Vabadussoja_Ajaloo_Komitee, lk 22
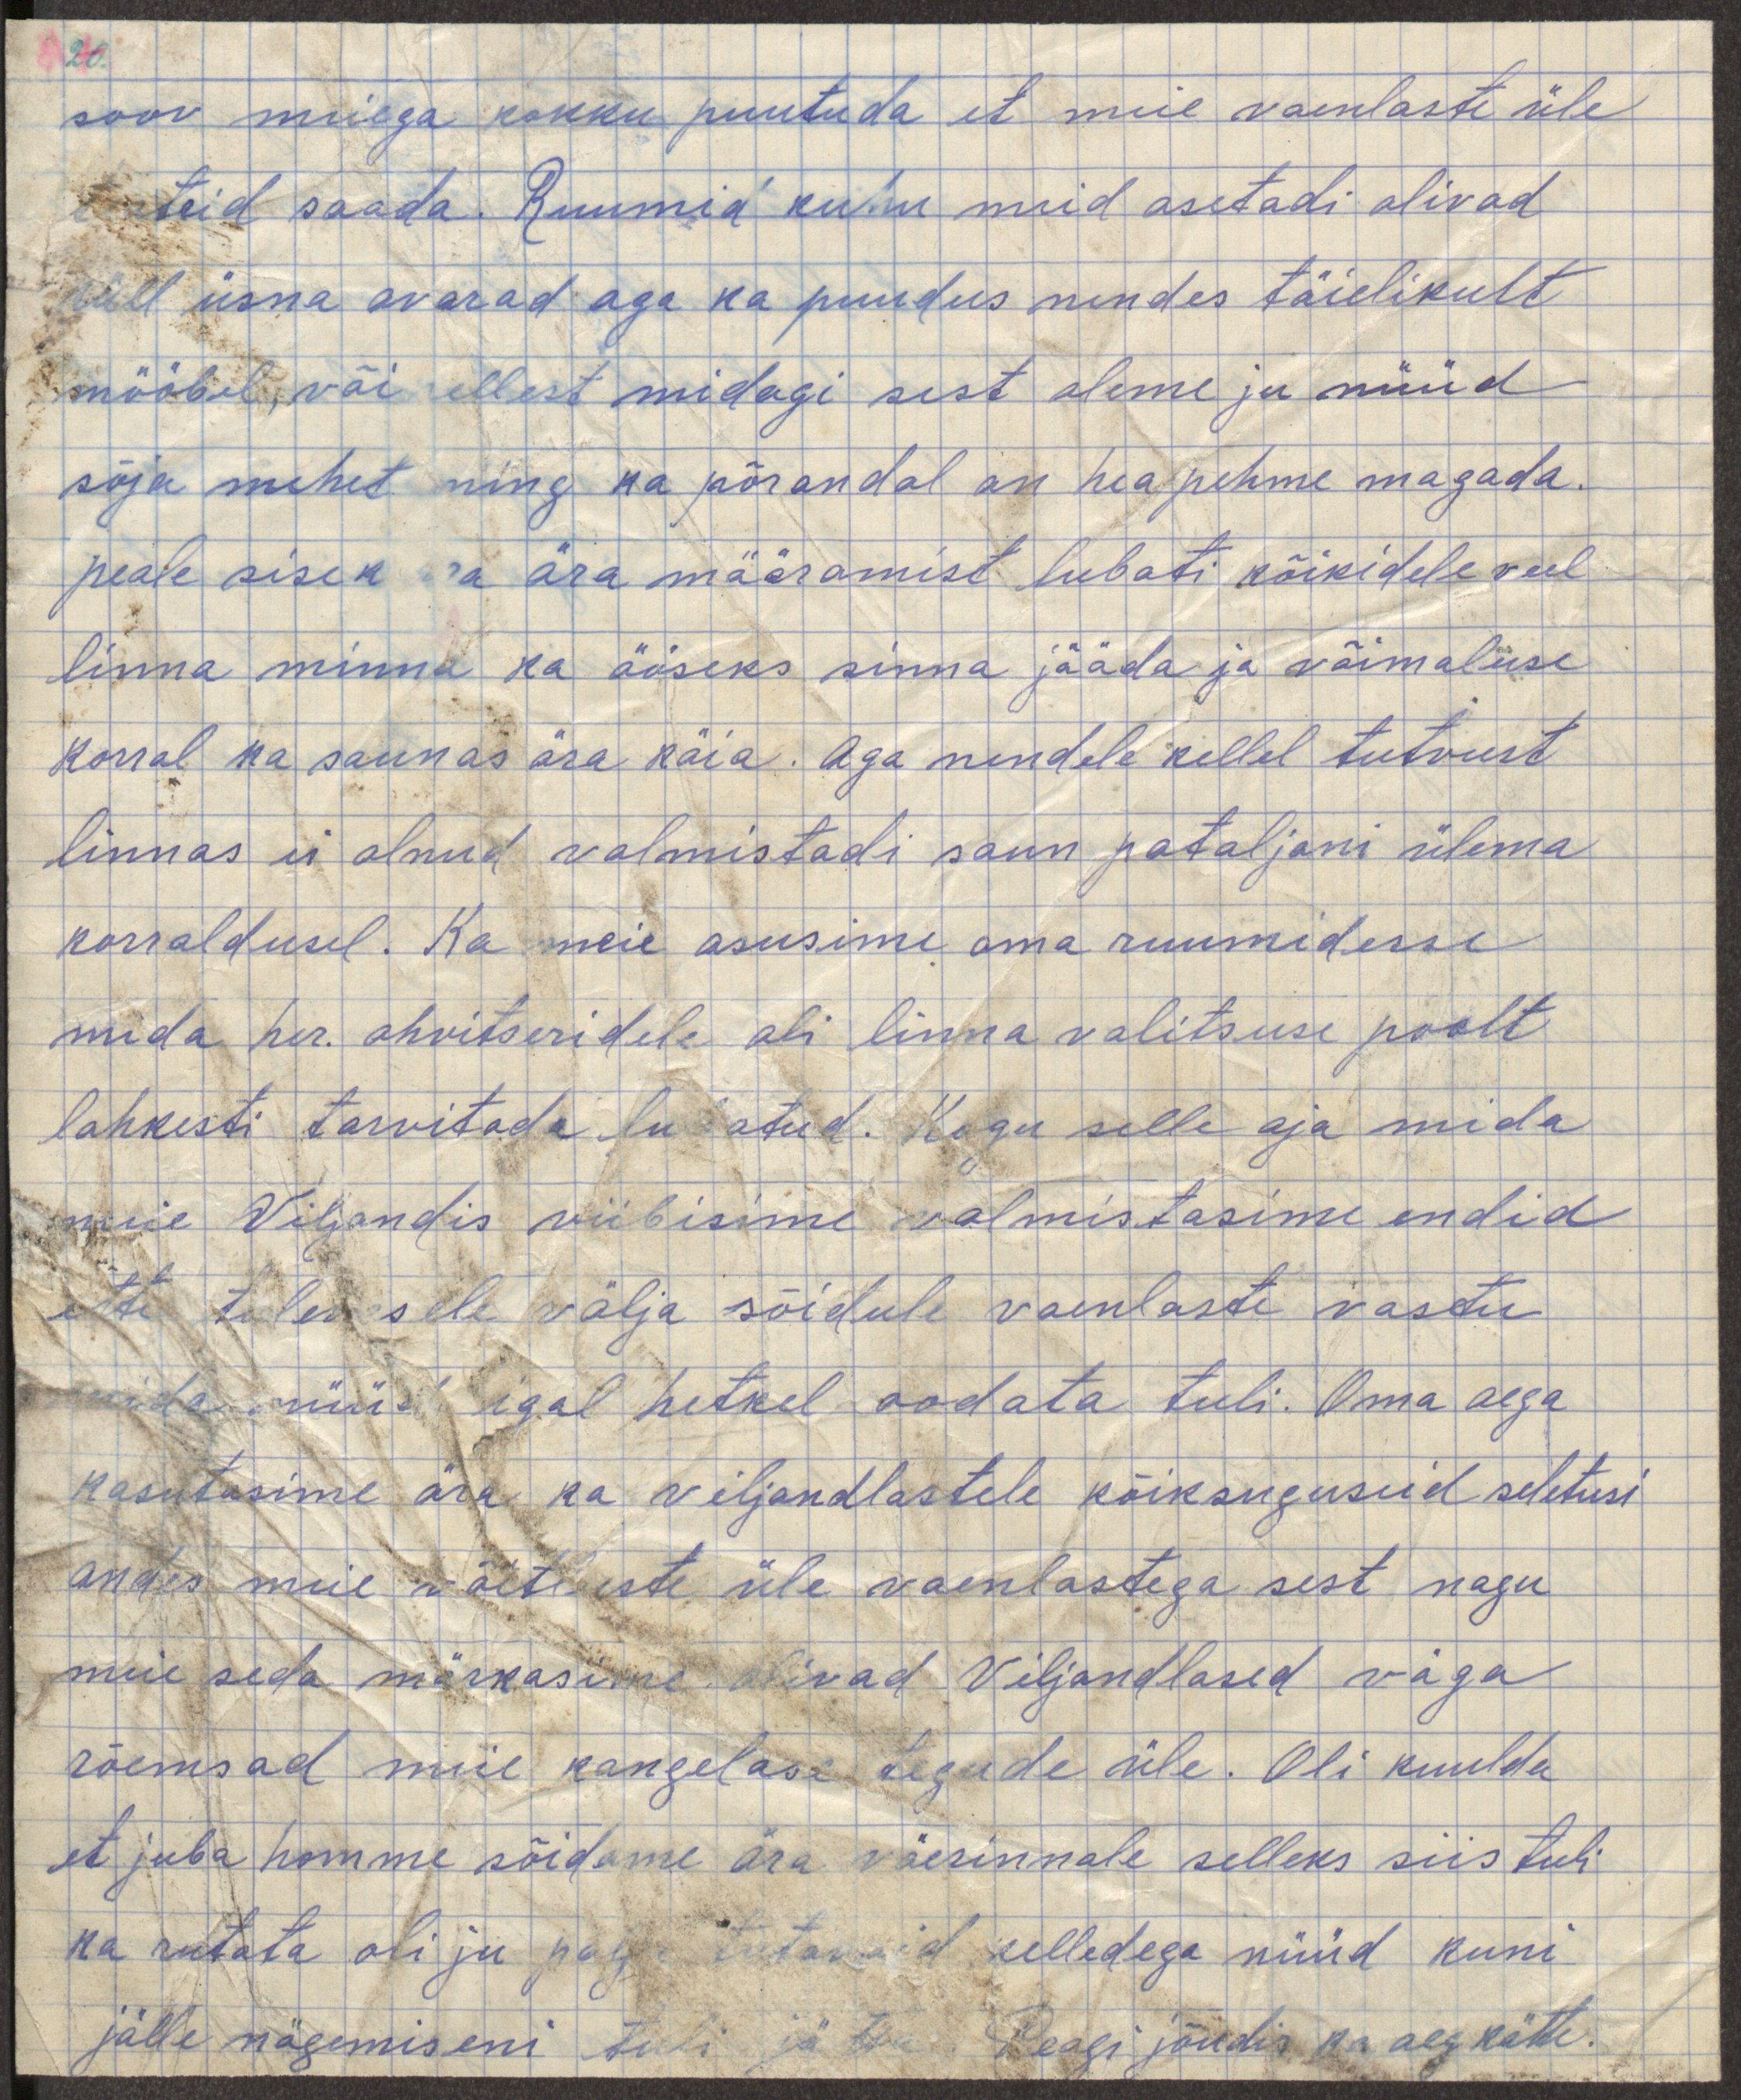
soov meiega kokku puutuda et meie vaenlaste üle
teateid saada. Ruumid kuhu meid asetadi olivad
küll üsna avarad aga ka puudus nendes täielikult
mööbel või sellest midagi sest oleme ju nüüd
sõja mehed ning ka põrandal on hea pehme magada.
peale sisekorra määramist lubati kõikidele veel
linna minna ka ööseks sinna jääda ja võimaluse
korrad ka saunas ära käia. Aga nendele kellel tutvust
linnas ei olnud valmistadi saun pataljoni ülema
korraldusel. Ka meie asusime oma ruumidesse
mida her. ohvitseridele oli linna valitsuse poolt
lahkesti tarvitada lubatud. Kogu selle aja mida
meie Viljandis viibimise valmistasime endid
ette tulevasele välja sõidule vaenlaste vastu
mida igal hetkel oodata tuli. Oma aega
kasutasime ära ka viljandlastele kõiksuguseid seletusi
andes meie võitluste üle vaenlastega sest nagu
meie seda märkasime olivad Viljandlased väga
rõemsad meie kangelastegude üle. Oli kuulda
et juba homme sõidame ära väerinnale selleks siis tuli
ka rutata oli ju palju tutavaid selledega nüüd kuni
jälle nägemiseni. Peagi jõudis ka aeg kätte.